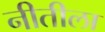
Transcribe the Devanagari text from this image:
नीतीला